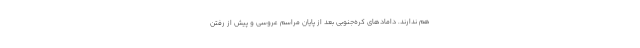
هم ندارند. داماد‌های کره‌جنوبی بعد از پایان مراسم عروسی و پیش از رفتن